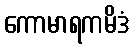
ကောမာရကမိဒံ